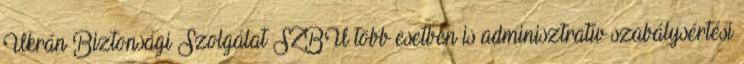
Ukrán Biztonsági Szolgálat SZBU több esetben is adminisztratív szabálysértési